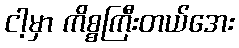
ငါ့မှာ ကိစ္စကြီးတယ်အေး